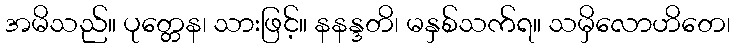
အမိသည်။ ပုတ္တေန၊ သားဖြင့်။ နနန္ဒတိ၊ မနှစ်သက်ရ။ သမှိလောဟိတေ၊